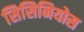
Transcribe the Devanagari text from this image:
सिसिनियोस